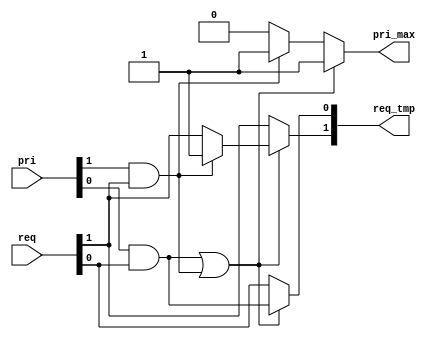
//-------------------------------------------------------------------
// All rights reserved.
// Module Name  : cm_arb_req_pri.v
// Design Name  : Wu Yuhang
// Project Name :
// Abstract     :
//
//-------------------------------------------------------------------
`ifndef CM_ARB_REQ_PRI__V
`define CM_ARB_REQ_PRI__V

module CM_ARB_REQ_PRI
   #(
   parameter REQ_NUM                 = 2,
   parameter PRI_WIDTH               = 1,
   parameter PRI_NUM                 = 1 << PRI_WIDTH
   )
   (
   input                           [REQ_NUM-1:0] req,
   input                 [PRI_WIDTH*REQ_NUM-1:0] pri,
   output                          [REQ_NUM-1:0] req_tmp,
   output reg                    [PRI_WIDTH-1:0] pri_max
   );

//--------------------------------------------------------------------
// Localparam Define
//--------------------------------------------------------------------

//--------------------------------------------------------------------
// Internal Signal Define
//--------------------------------------------------------------------
reg                                              find_one;
reg                      [PRI_WIDTH*REQ_NUM-1:0] pri_tmp;
reg                                [REQ_NUM-1:0] req_pri[PRI_WIDTH:0];
//--------------------------------------------------------------------
// Function Define
//--------------------------------------------------------------------

//--------------------------------------------------------------------
// Main Logic
//--------------------------------------------------------------------
always@*
begin : REQ_PRI_PROC
  integer ix,iy;
  req_pri[PRI_WIDTH]    = req;
  pri_tmp               = pri;
  pri_max               = {PRI_WIDTH{1'b0}};
  for(ix = PRI_WIDTH-1;ix >= 0;ix = ix-1)
  begin
    find_one = 1'b0;
    for(iy = REQ_NUM-1;iy >= 0;iy = iy-1)
    begin
      find_one          = (pri_tmp[iy*PRI_WIDTH+ix] & req_pri[ix+1][iy]) | find_one;
	    if (find_one == 1'b1)
      begin
        req_pri[ix][iy] = (pri_tmp[iy*PRI_WIDTH+ix] & req_pri[ix+1][iy]);
	      pri_max[ix]     = 1'b1;
      end
	    else
	    begin
	      req_pri[ix]     = req_pri[ix+1]; //if find_one is not 1'b1, assign the hingest to the lowest
      end
	  end
  end
end

assign req_tmp          = req_pri[0];

// -------------------------------------------------------------------
// Assertion Declarations
// -------------------------------------------------------------------
`ifdef SOC_ASSERT_ON

`endif
endmodule

`endif
//--------Modify Logs-------------------------------------------------
// Initial Version
// 01/16/23 14:35:14
//--------------------------------------------------------------------